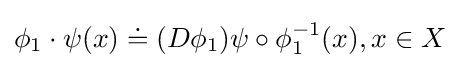
\phi _{1}\cdot \psi (x)\doteq (D\phi _{1})\psi \circ \phi _{1}^{-1}(x),x\in X